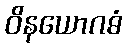
ဝိနယောဂဓံ